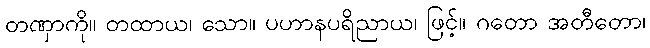
တဏှာကို။ တထာယ၊ သော။ ပဟာနပရိညာယ၊ ဖြင့်။ ဂတော အတီတော၊